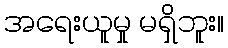
အရေးယူမှု မရှိဘူး။